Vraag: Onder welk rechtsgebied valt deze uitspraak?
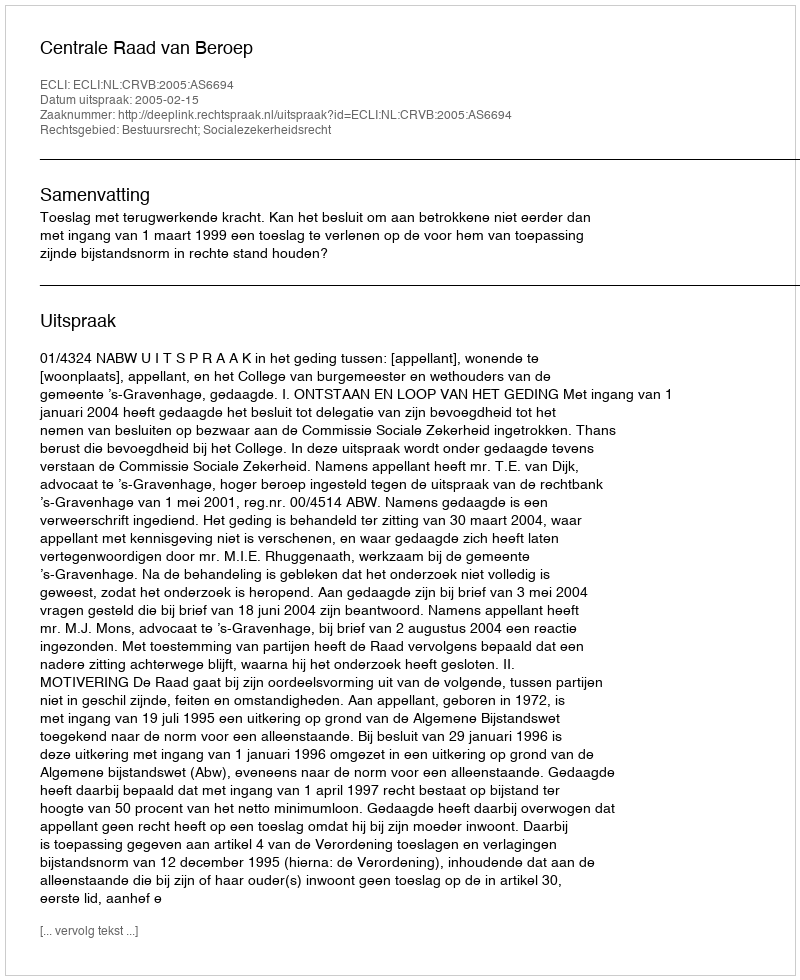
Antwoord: Bestuursrecht; Socialezekerheidsrecht